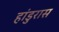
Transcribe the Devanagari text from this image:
हांडुरास